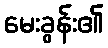
မေးခွန်း၏